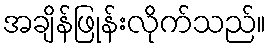
အချိန်ဖြုန်းလိုက်သည်။